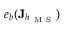
e _ { b } ( \mathbf { J } _ { h _ { \mathrm { ~ M ~ S ~ } } } )